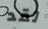
لقد